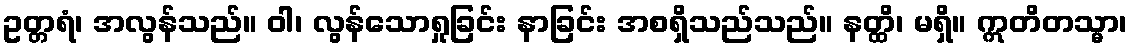
ဥတ္တရံ၊ အလွန်သည်။ ဝါ၊ လွန်သောရှုခြင်း နာခြင်း အစရှိသည်သည်။ နတ္ထိ၊ မရှိ။ ဣတိတသ္မာ၊